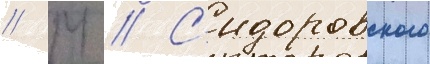
// М // С'идоровского